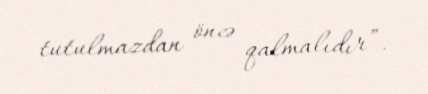
tutulmazdan öncə qalmalıdır”.